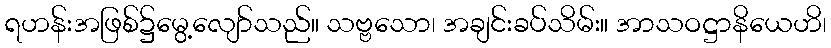
ရဟန်းအဖြစ်၌မွေ့လျော်သည်။ သဗ္ဗသော၊ အချင်းခပ်သိမ်း။ အာသဝဋ္ဌာနိယေဟိ၊